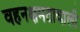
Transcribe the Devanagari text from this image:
वहनक्षमतावाली